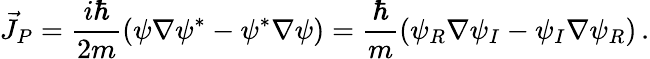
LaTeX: \vec{J}_{P}=\frac{i\hbar}{2m}(\psi\nabla\psi^{*}-\psi^{*}\nabla\psi)=\frac{\hbar}{m}\left(\psi_{R}\nabla\psi_{I}-\psi_{I}\nabla\psi_{R}\right)\, .